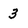
Character: 3